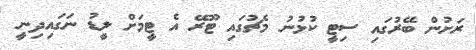
ރަށުން ބޭރުގައި ސިޓީ ކުޅުނު މެޗުގައި ޓޫރޭ އެ ޓީމަށް ލީޑު ނަގައިދިނީ